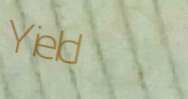
Yield